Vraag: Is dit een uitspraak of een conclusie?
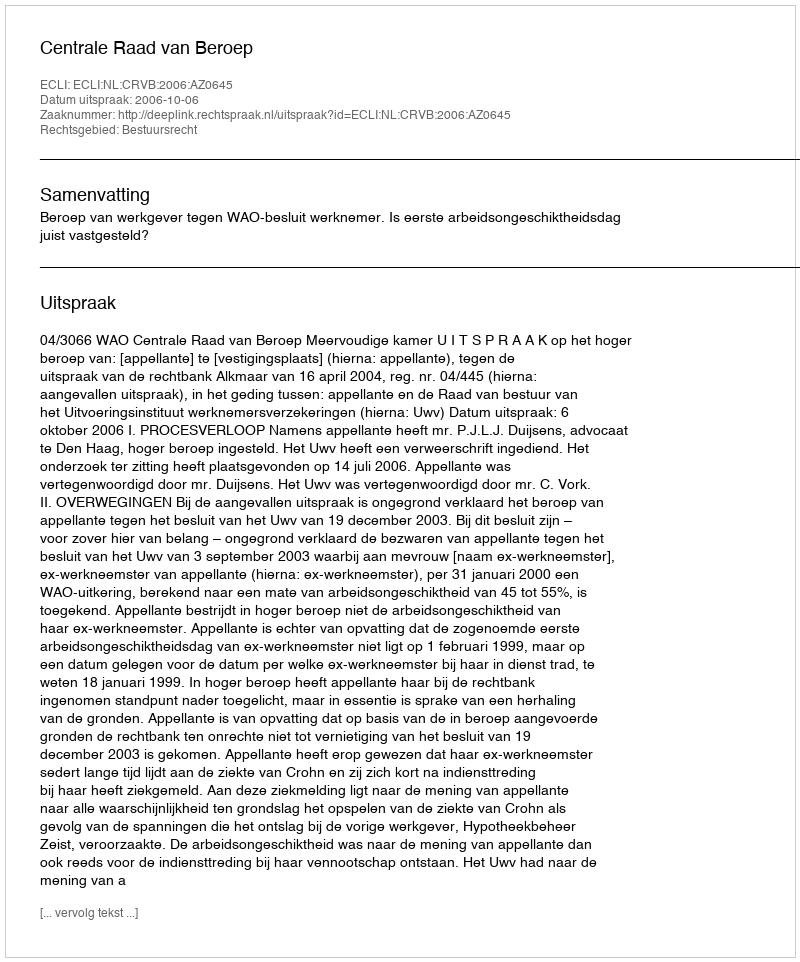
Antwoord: Uitspraak